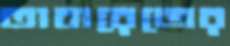
তাবারেজের